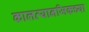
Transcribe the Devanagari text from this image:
कालव्यानजिकच्या